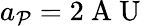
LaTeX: a_{\mathcal{P}}=2\mathrm{{~A~U~}}